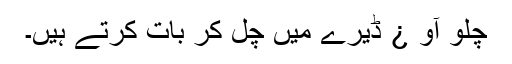
چلو آو ¿ ڈیرے میں چل کر بات کرتے ہیں۔